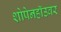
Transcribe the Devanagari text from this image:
शोपेनहॉउवर